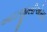
આઇજીસીએસઇ